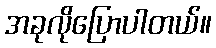
အခုလိုပြောပါတယ်။